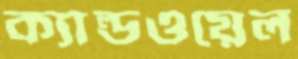
ক্যাল্ডওয়েল